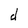
Character: d